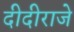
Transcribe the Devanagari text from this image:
दीदीराजे